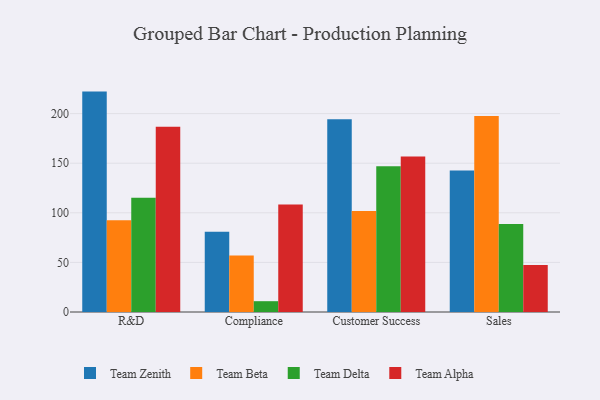
{"axis": {"x": "Department", "y": "Conversion Rate (%)"}, "legend": ["Team Alpha", "Team Beta", "Team Delta", "Team Zenith"], "data": [{"x": "R&D", "y": 222.2, "type": "Team Zenith"}, {"x": "R&D", "y": 92.4, "type": "Team Beta"}, {"x": "R&D", "y": 115.1, "type": "Team Delta"}, {"x": "R&D", "y": 186.7, "type": "Team Alpha"}, {"x": "Compliance", "y": 81.0, "type": "Team Zenith"}, {"x": "Compliance", "y": 56.9, "type": "Team Beta"}, {"x": "Compliance", "y": 10.9, "type": "Team Delta"}, {"x": "Compliance", "y": 108.5, "type": "Team Alpha"}, {"x": "Customer Success", "y": 194.4, "type": "Team Zenith"}, {"x": "Customer Success", "y": 101.7, "type": "Team Beta"}, {"x": "Customer Success", "y": 147.0, "type": "Team Delta"}, {"x": "Customer Success", "y": 156.7, "type": "Team Alpha"}, {"x": "Sales", "y": 142.7, "type": "Team Zenith"}, {"x": "Sales", "y": 197.7, "type": "Team Beta"}, {"x": "Sales", "y": 88.8, "type": "Team Delta"}, {"x": "Sales", "y": 47.4, "type": "Team Alpha"}]}